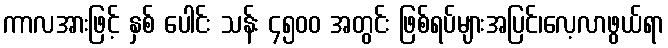
ကာလအားဖြင့် နှစ် ပေါင်း သန်း ၄၅၀၀ အတွင်း ဖြစ်ရပ်များအပြင်၊လေ့လာဖွယ်ရာ